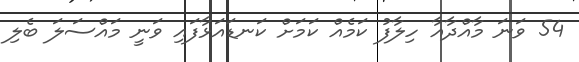
54 ވަނަ މާއްދާއާ ހިލާފު ކަމެއް ކަމަށް ކަނޑައަޅާފައި ވަނީ މައްސަލަ ބެލި